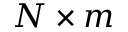
N \times m